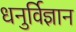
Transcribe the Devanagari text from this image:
धनुर्विज्ञान